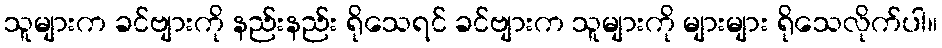
သူများက ခင်ဗျားကို နည်းနည်း ရိုသေရင် ခင်ဗျားက သူများကို များများ ရိုသေလိုက်ပါ။